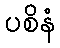
ပစိနံ